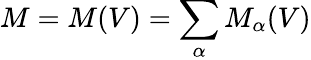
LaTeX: M=M(V)=\sum_{\alpha}M_{\alpha}(V)